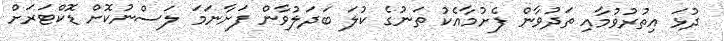
ދުޅަ އިތުރުވުމާއި ތަދުވާން ފެށުމާއެކު ތަނުގެ ކުލަ ބަދަލުވާން ފަށާނަމަ ލަސްނުކޮށް ޑޮކްޓަރަށް